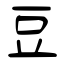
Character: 豆